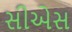
સીએસ